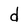
Character: d